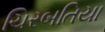
ચિરબતિયા